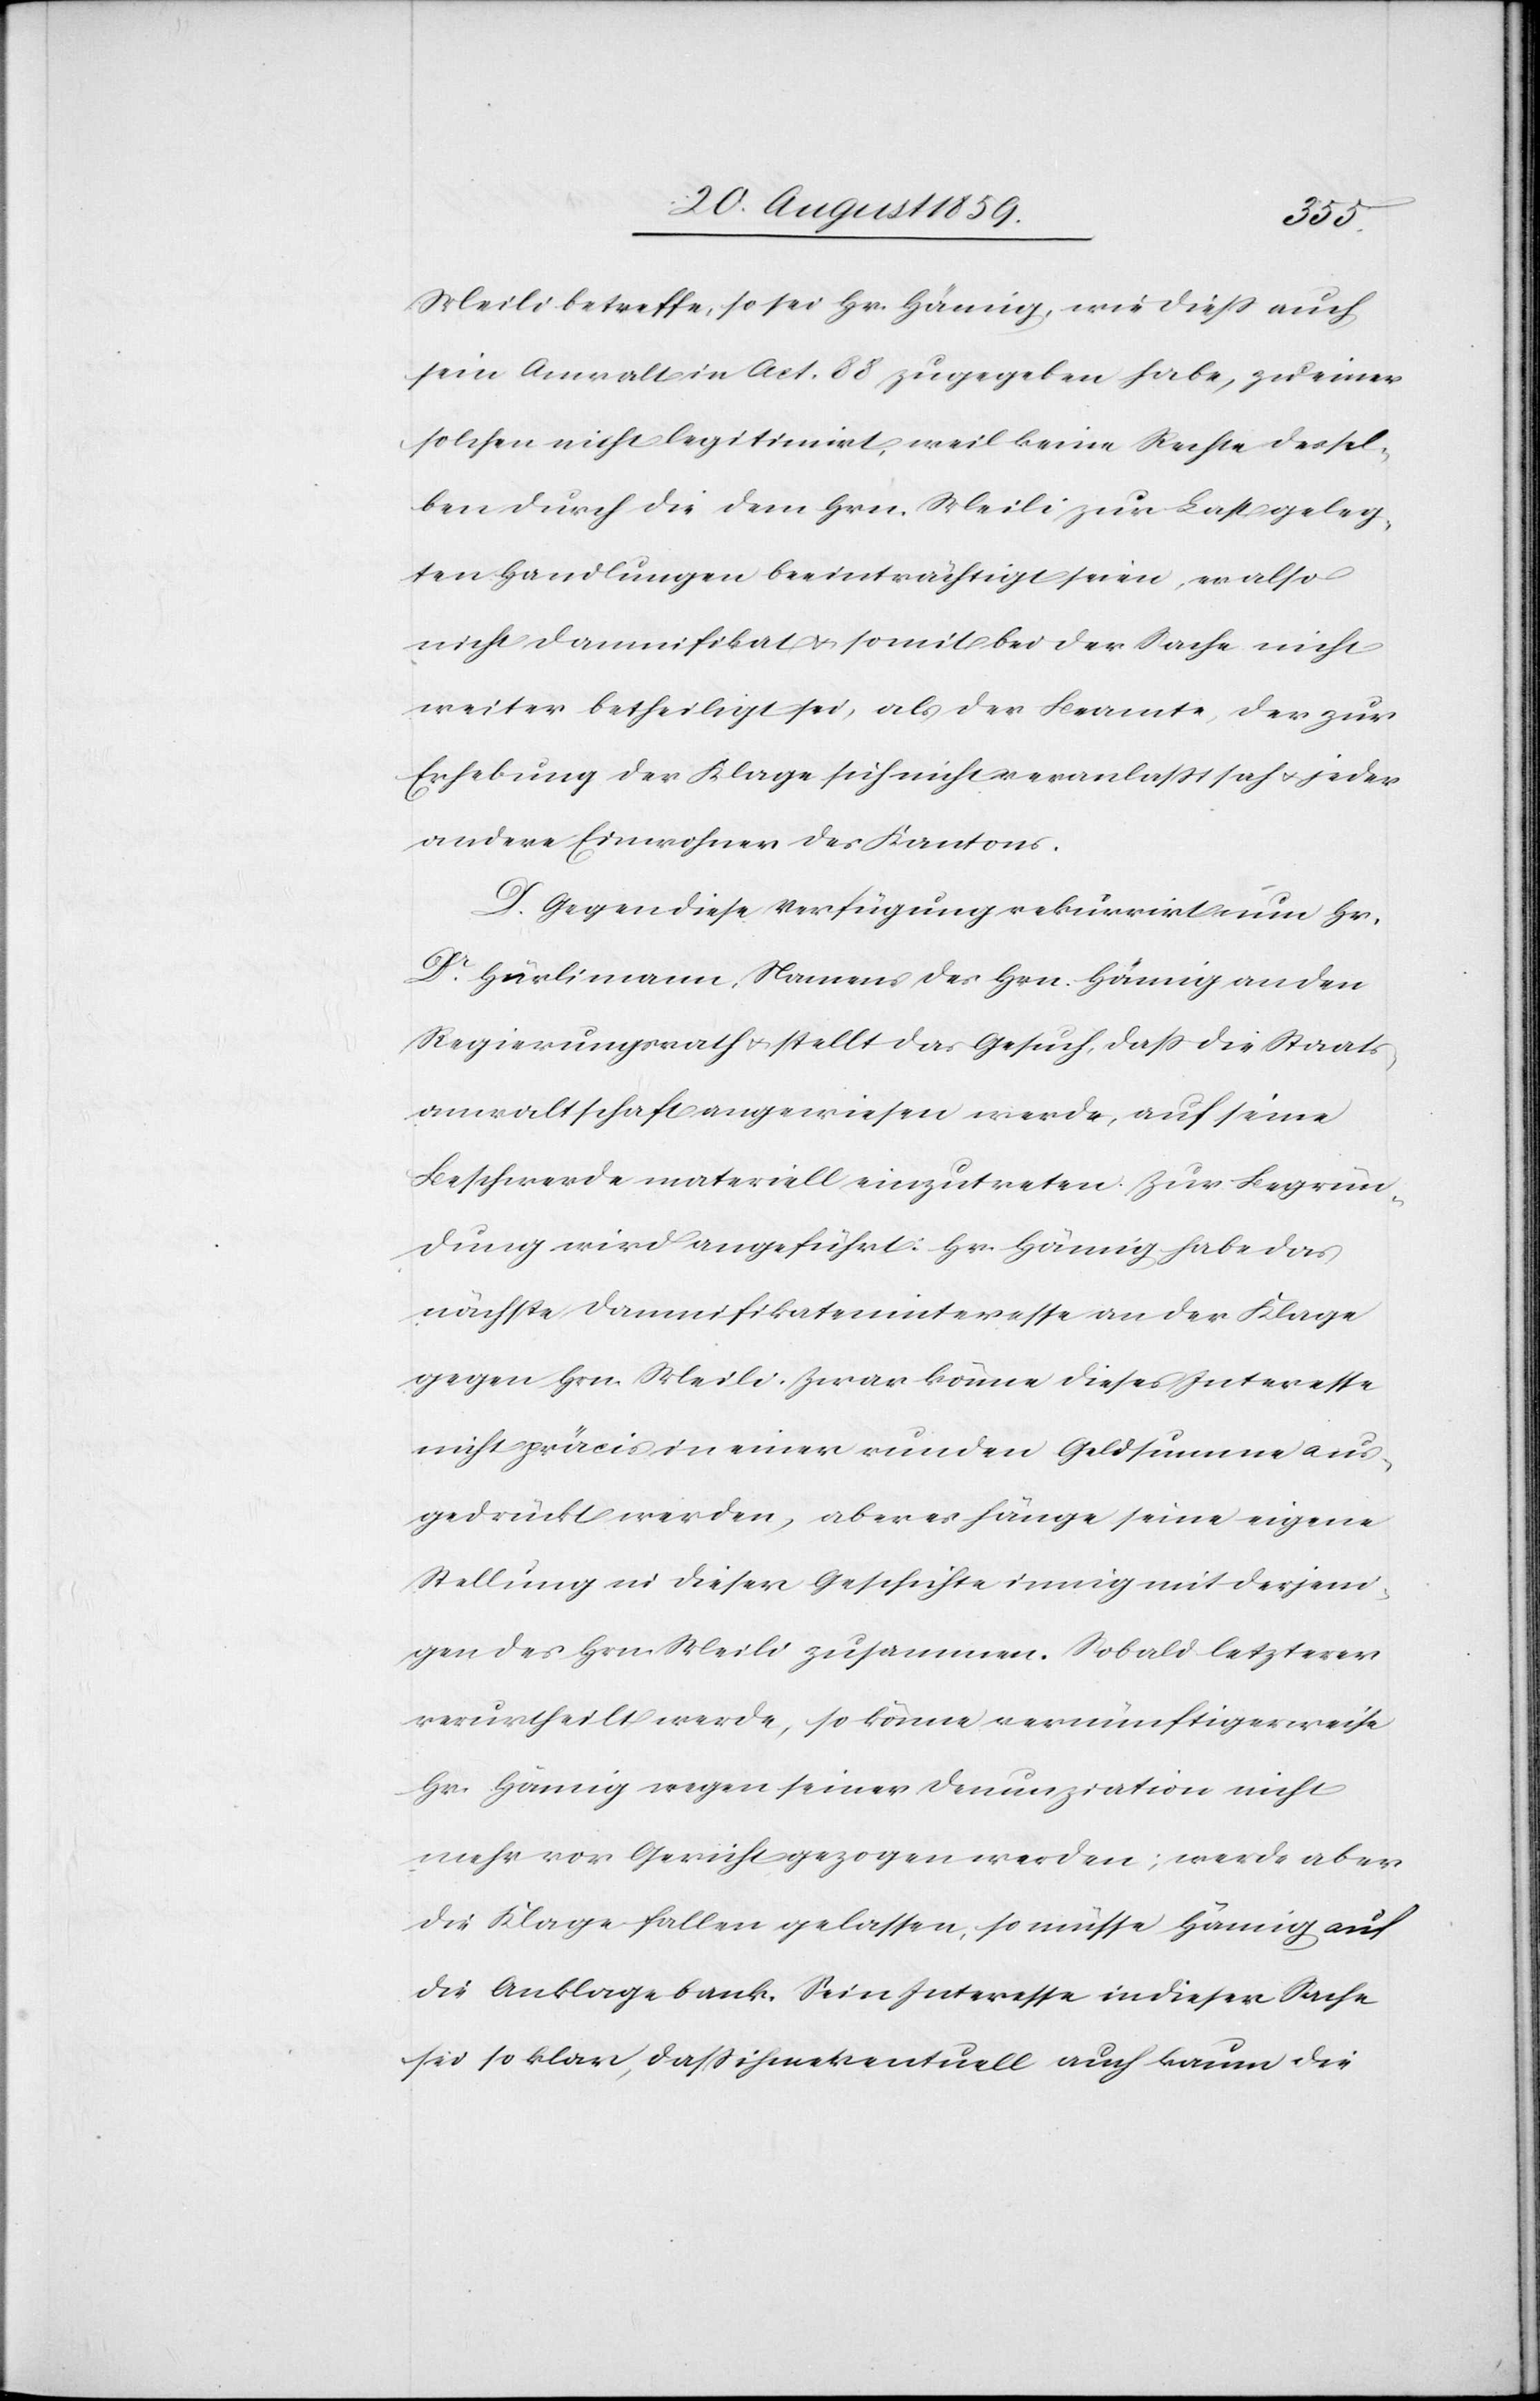
Meili betreffe, so sei Hr. Hämig wie dieß auch
sein Anwalt in Act. 88 zugegeben habe, zu einer
solchen nicht legitimirt, weil keine Rechte dessel¬
ben durch die dem Hrn. Meili zur Last geleg¬
ten Handlungen beeinträchtigt seien, er also
nicht Damnifikat & somit bei der Sache nicht
weiter betheiligt sei, als der Beamte, der zur
Erhebung der Klage sich nicht veranlaßt sah & jeder
andere Einwohner des Kantons.
D. Gegen diese Verfügung rekurrirt nun Hr.
Dr. Hürlimann, Namens des Hrn. Hämig an den
Regierungsrath & stellt das Gesuch, daß die Staats¬
anwaltschaft angewiesen werde, auf seine
Beschwerde materiell einzutreten. Zur Begrün¬
dung wird angeführt: Hr. Hämig habe das
nächste Damnifikateninteresse an der Klage
gegen Hrn. Meili. Zwar könne dieses Interesse
nicht präcis in einer runden Geldsumme aus¬
gedrückt werden, aber es hänge seine eigene
Stellung in dieser Geschichte innig mit derjeni¬
gen des Hrn. Meili zusammen. Sobald letzterer
verurtheilt werde, so könne vernünftigerweise
Hr. Hämig wegen seiner Denunziation nicht
mehr vor Gericht gezogen werden; werde aber
die Klage fallen gelassen, so müsse Hämig auf
die Anklagebank. Sein Interesse in dieser Sache
sei so klar, daß ihm eventuell auch kaum die